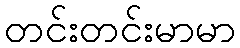
တင်းတင်းမာမာ